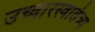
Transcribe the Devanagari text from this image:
उच्चारस्वातंत्र्य